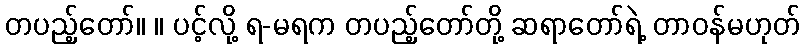
တပည့်တော်။ ။ ပင့်လို့ ရ-မရက တပည့်တော်တို့ ဆရာတော်ရဲ့ တာဝန်မဟုတ်